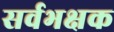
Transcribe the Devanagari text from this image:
सर्वभक्षक